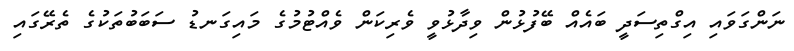
ނަންގަވައި އިގްތިސަދީ ބައެއް ބޭފުޅުން ވިދާޅުވީ ވެރިކަން ވެއްޓުމުގެ މައިގަނޑު ސަބަބުތަކުގެ ތެރޭގައި